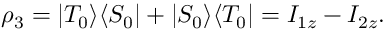
\begin{array} { r } { \rho _ { 3 } = \vert { T _ { 0 } } \rangle \langle { S _ { 0 } } \vert + \vert { S _ { 0 } } \rangle \langle { T _ { 0 } } \vert = I _ { 1 z } - I _ { 2 z } . } \end{array}